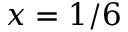
x = 1 / 6